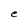
Character: c